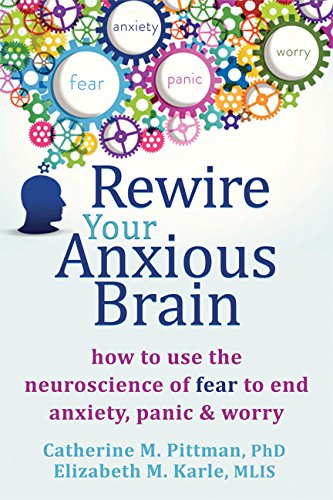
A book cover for Rewire Your Anxious Brain: How to Use the Neuroscience of Fear to End Anxiety, Panic, and Worry; Catherine M Pittman PhD; Self-Help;